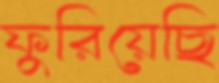
ফুরিয়েছি